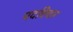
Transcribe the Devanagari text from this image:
पदविचार